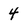
Character: 4